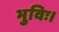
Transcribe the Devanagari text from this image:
भुविः।